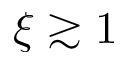
\xi \gtrsim 1